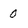
Character: 0